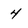
Character: 4